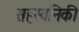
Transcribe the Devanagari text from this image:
सहस्वनिकी